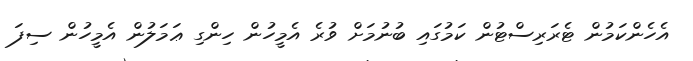
އެހެންކަމުން ޓެރަރިސްޓުން ކަމުގައި ބުނުމަށް ވުރެ އެމީހުން ހިންގި ޢަމަލުން އެމީހުން ސިފަ